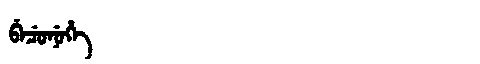
Manchu: ᠪᡝᠴᡠᠨᡠᡥᡝ
Romanization: BECUNUHE